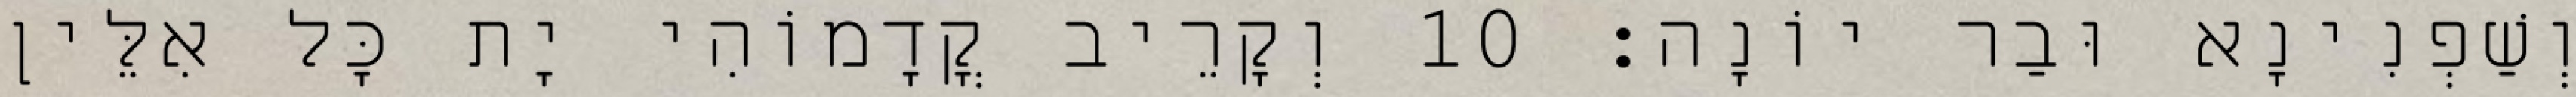
וְשַׁפְנִינָא וּבַר יוֹנָה׃ 10 וְקָרֵיב קֳדָמוֹהִי יָת כָּל אִלֵּין